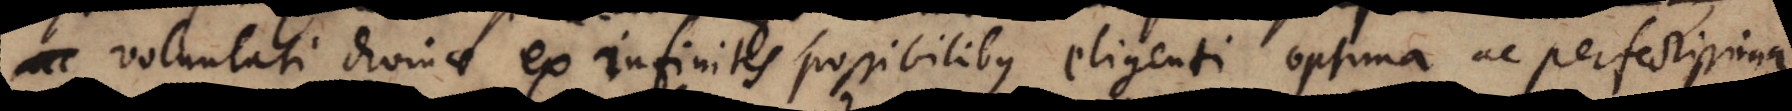
voluntati divinae ex infinitis possibilibus eligenti optima ac perfectissima